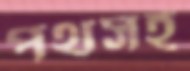
পথসহ